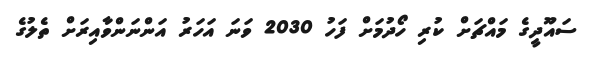
ސައޫދީގެ މައްޗަށް ކުރި ހޯދުމަށް ފަހު 2030 ވަނަ އަހަރު އަންނަންވާއިރަށް ތެލުގެ